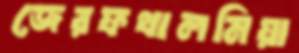
জেরফথালমিয়া